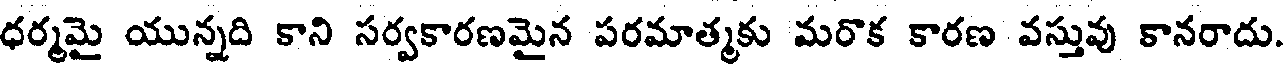
ధర్మమై యున్నది కాని సర్వకారణమైన పరమాత్మకు మరొక కారణ వస్తువు కానరాదు.